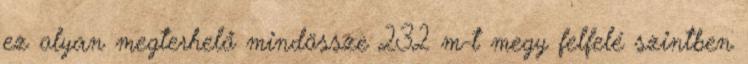
ez olyan megterhelő mindössze 232 m-t megy felfelé szintben